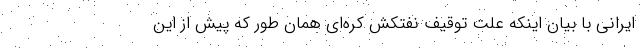
ایرانی با بیان اینکه علت توقیف نفتکش کره‌ای همان طور که پیش از این